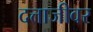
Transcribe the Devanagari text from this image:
दत्ताजीवर